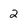
Character: 2